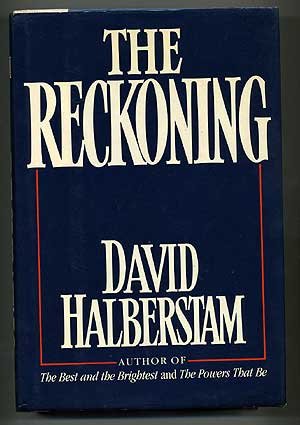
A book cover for The Reckoning; David Halberstam; Engineering & Transportation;